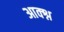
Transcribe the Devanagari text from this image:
आक्श्न